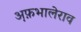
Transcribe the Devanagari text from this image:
अ़फ़भालेराव